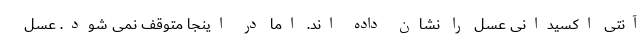
آنتی اکسیدانی عسل را نشان داده اند. اما در اینجا متوقف نمی شود. عسل